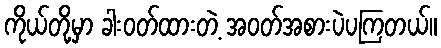
ကိုယ်တို့မှာ ခါးဝတ်ထားတဲ့ အဝတ်အစားပဲပကြတယ်။